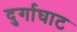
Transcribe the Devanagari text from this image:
दुर्गाघाट